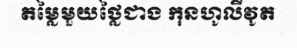
តម្លៃមួយថ្លៃជាង កុនហូលីវូត